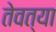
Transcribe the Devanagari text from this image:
तेवत्या